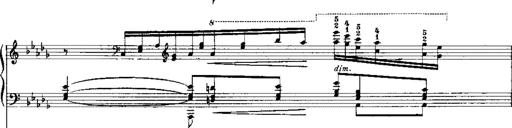
Title: RÃ©miniscences de 'Lucia di Lammermoor'
Composer: Franz Liszt